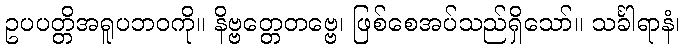
ဥပပတ္တိအရူပဘဝကို။ နိဗ္ဗတ္တေတဗ္ဗေ၊ ဖြစ်စေအပ်သည်ရှိသော်။ သင်္ခါရာနံ၊